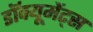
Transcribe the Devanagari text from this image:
डॉक्यूमेंट्स